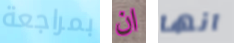
بمراجعة ان انها